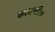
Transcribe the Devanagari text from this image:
कहानी।।